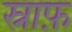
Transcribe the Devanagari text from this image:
स्नाफ़